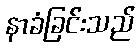
နာခံခြင်းသည်